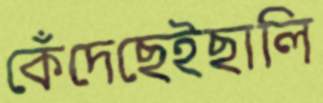
কেঁদেছেইছালি